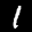
Label: 1